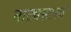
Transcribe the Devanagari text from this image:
नाट्यसास्त्र